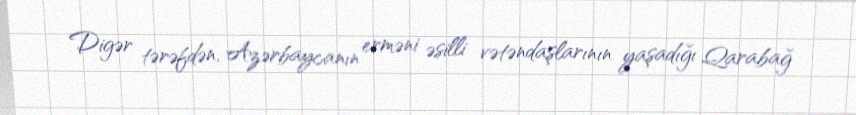
Digər tərəfdən, Azərbaycanın erməni əsilli vətəndaşlarının yaşadığı Qarabağ